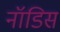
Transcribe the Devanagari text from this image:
नॉडिस